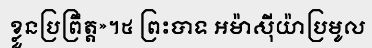
ខ្លួនប្រព្រឹត្ត»។៥ ព្រះបាទ អម៉ាស៊ីយ៉ាប្រមូល